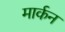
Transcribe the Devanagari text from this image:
मार्कन